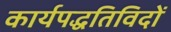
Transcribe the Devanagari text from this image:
कार्यपद्धतिविदों